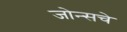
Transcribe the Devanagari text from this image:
जोन्सचे